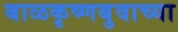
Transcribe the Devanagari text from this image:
बाळकृष्णबुवाच्या